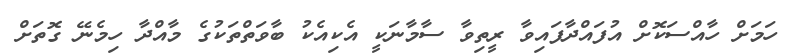
ހަމަށް ހާއްސަކޮށް އުފައްދާފައިވާ ރީތިވާ ސާމާނަކީ އެކިއެކު ބާވަތްތަކުގެ މާއްދާ ހިމެނޭ ގޮތަށް